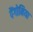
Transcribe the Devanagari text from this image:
पैंगोनिया